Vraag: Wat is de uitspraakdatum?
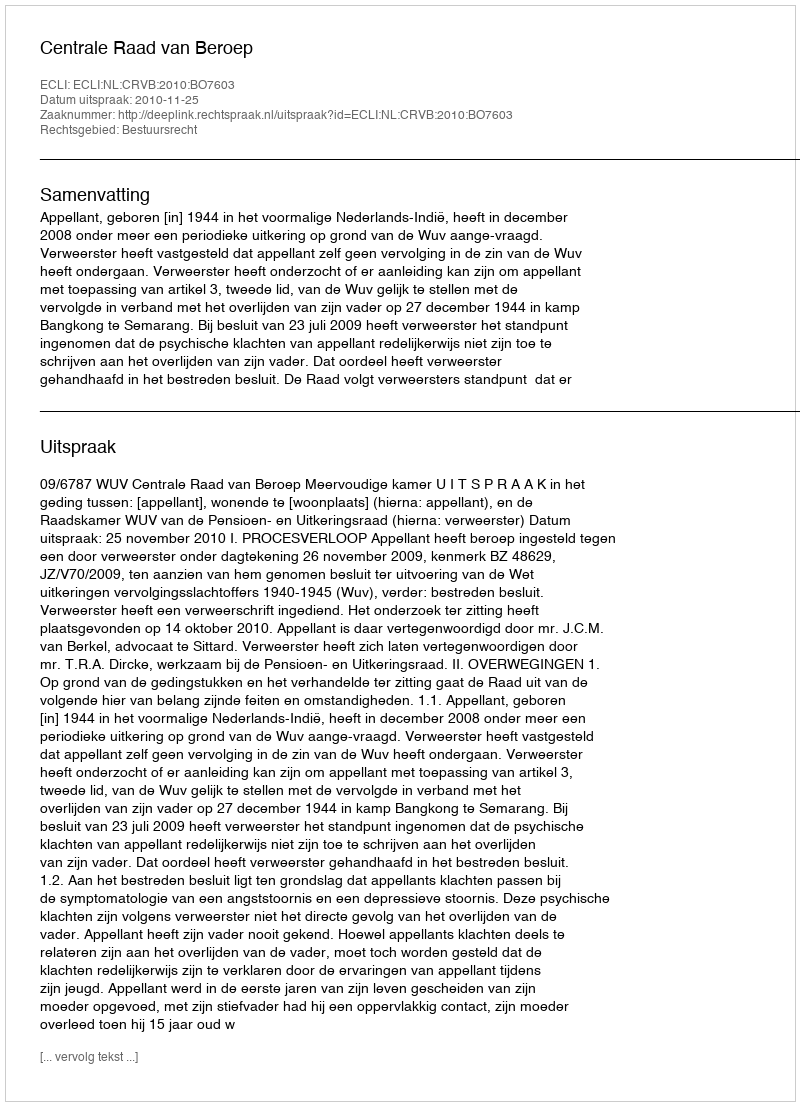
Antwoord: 2010-11-25